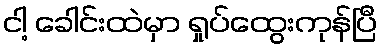
ငါ့ ခေါင်းထဲမှာ ရှုပ်ထွေးကုန်ပြီ